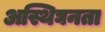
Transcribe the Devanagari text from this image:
अस्थिघनता